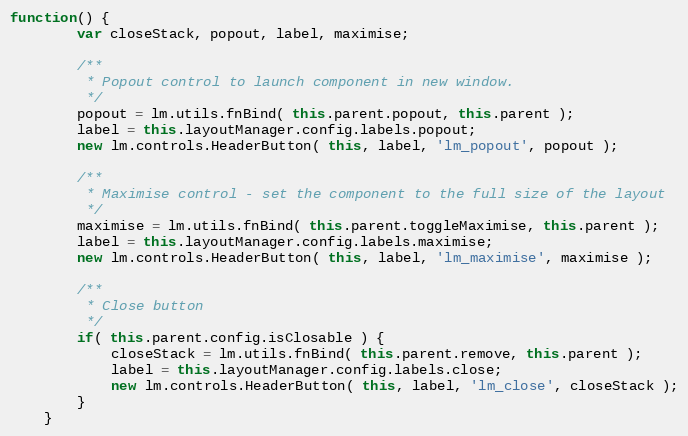
Language: JavaScript
function() {
		var closeStack, popout, label, maximise;

		/**
		 * Popout control to launch component in new window.
		 */
		popout = lm.utils.fnBind( this.parent.popout, this.parent );
		label = this.layoutManager.config.labels.popout;
		new lm.controls.HeaderButton( this, label, 'lm_popout', popout );

		/**
		 * Maximise control - set the component to the full size of the layout
		 */
		maximise = lm.utils.fnBind( this.parent.toggleMaximise, this.parent );
		label = this.layoutManager.config.labels.maximise;
		new lm.controls.HeaderButton( this, label, 'lm_maximise', maximise );

		/**
		 * Close button
		 */
		if( this.parent.config.isClosable ) {
			closeStack = lm.utils.fnBind( this.parent.remove, this.parent );
			label = this.layoutManager.config.labels.close;
			new lm.controls.HeaderButton( this, label, 'lm_close', closeStack );
		}
	}